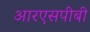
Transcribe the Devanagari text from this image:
आरएसपीबी